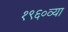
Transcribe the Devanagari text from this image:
१९६०व्या